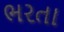
ભરતા